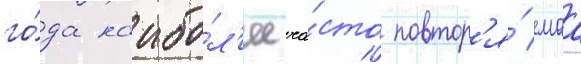
го́да наибо́л'ее ча́сто повтор'я́емаа